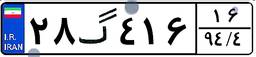
۹۰گ۵۶۸۱۳